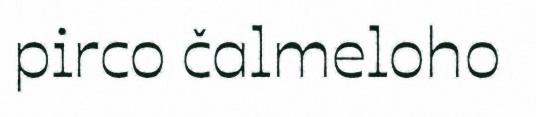
pirco čalmeloho